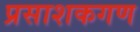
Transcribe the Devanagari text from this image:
प्रसाशकगण